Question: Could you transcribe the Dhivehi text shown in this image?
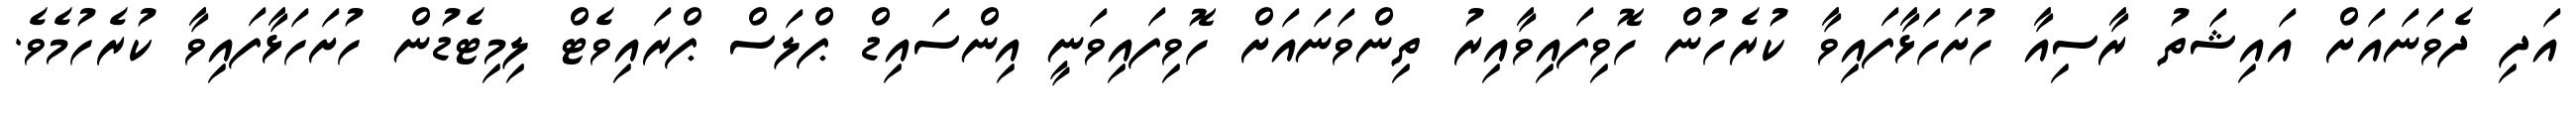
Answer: އަދި ދެވަނައަށް އައިޝަތު ރާސިއާ ހުށަހަޅާފައިވާ ކުރެހުން ހޮވިފައިވާއިރު ތިންވަނައަށް ހޮވިފައިވަނީ އިންސައިޑް ޕްލަސް ޕްރައިވެޓް ލިމިޓެޑުން ހުށަހަޅާފައިވާ ކުރެހުމެވެ.